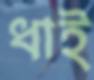
ধাই